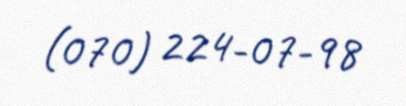
(070) 224-07-98